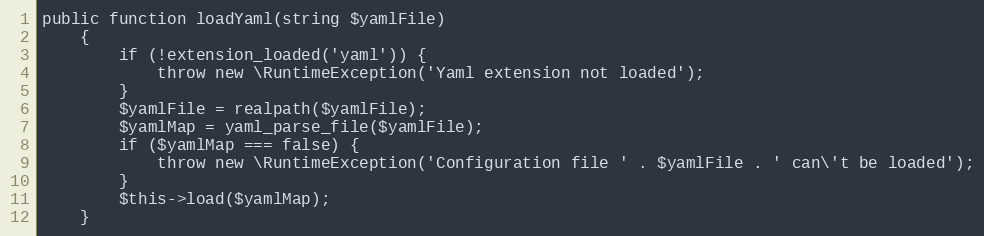
Language: PHP
public function loadYaml(string $yamlFile)
    {
        if (!extension_loaded('yaml')) {
            throw new \RuntimeException('Yaml extension not loaded');
        }
        $yamlFile = realpath($yamlFile);
        $yamlMap = yaml_parse_file($yamlFile);
        if ($yamlMap === false) {
            throw new \RuntimeException('Configuration file ' . $yamlFile . ' can\'t be loaded');
        }
        $this->load($yamlMap);
    }